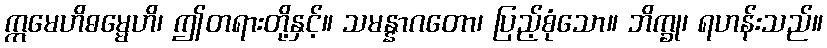
ဣမေဟိဓမ္မေဟိ၊ ဤတရားတို့နှင့်။ သမန္နာဂတော၊ ပြည့်စုံသော။ ဘိက္ခု၊ ရဟန်းသည်။